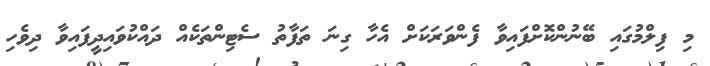
މި ފިލްމުގައި ބޭނުންކޮށްފައިވާ ފެންވަރަކަށް އެހާ ގިނަ ތަފާތު ސެޓިންތަކެއް ދައްކުވައިދީފައިވާ ދިވެހި